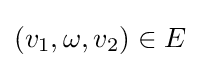
(v_{1},\omega ,v_{2})\in E